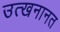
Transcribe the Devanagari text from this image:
उत्खनानत